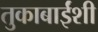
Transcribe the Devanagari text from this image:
तुकाबाईंशी